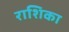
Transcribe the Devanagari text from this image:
राशिका